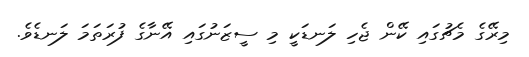
މިރޭގެ މެޗުގައި ކޭން ޖެހި ލަނޑަކީ މި ސީޒަނުގައި އޭނާގެ ފުރަތަމަ ލަނޑެވެ.